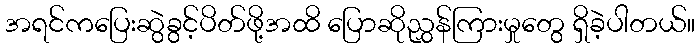
အရင်ကပြေးဆွဲခွင့်ပိတ်ဖို့အထိ ပြောဆိုညွှန်ကြားမှုတွေ ရှိခဲ့ပါတယ်။